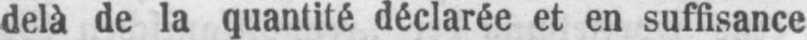
delà de la quantité déclarée et en suffisance